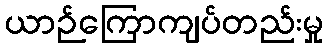
ယာဉ်ကြောကျပ်တည်းမှု